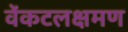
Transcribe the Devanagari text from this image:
वेंकटलक्षमण